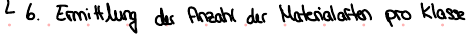
6. Ermittlung der Anzahl der Materialarten pro Klasse